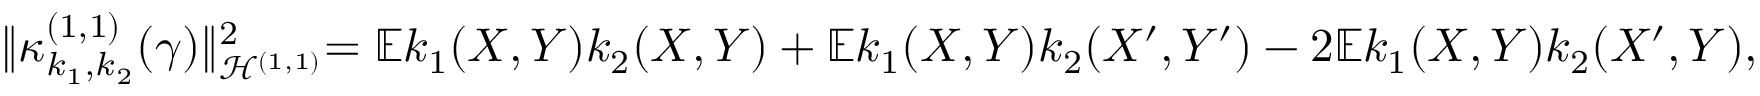
\begin{array} { r } { \lVert \kappa _ { k _ { 1 } , k _ { 2 } } ^ { ( 1 , 1 ) } ( \gamma ) \lVert _ { \mathcal { H } ^ { ( 1 , 1 ) } } ^ { 2 } = \mathbb { E } k _ { 1 } ( X , Y ) k _ { 2 } ( X , Y ) + \mathbb { E } k _ { 1 } ( X , Y ) k _ { 2 } ( X ^ { \prime } , Y ^ { \prime } ) - 2 \mathbb { E } k _ { 1 } ( X , Y ) k _ { 2 } ( X ^ { \prime } , Y ) , } \end{array}